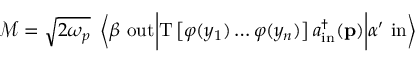
{ \mathcal { M } } = { \sqrt { 2 \omega _ { p } } } \ \left\langle \beta \ \mathrm { o u t } { \bigg | } \mathrm { T } \left[ \varphi ( y _ { 1 } ) \ldots \varphi ( y _ { n } ) \right] a _ { \mathrm { i n } } ^ { \dagger } ( \mathbf { p } ) { \bigg | } \alpha ^ { \prime } \ \mathrm { i n } \right\rangle